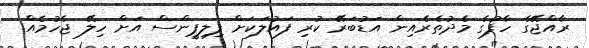
ރާއްޖޭގެ ހާފުގެ މެދުތެރެއިން އަޑުބަރޭ ކުރި ފައުލަކަށް ފިލިޕީންސް އަށް ހިލޭ ޖެހުމެއް.